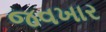
જવખાર